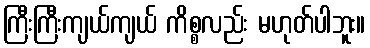
ကြီးကြီးကျယ်ကျယ် ကိစ္စလည်း မဟုတ်ပါဘူး။